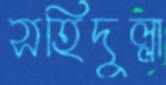
সহিদুল্লা